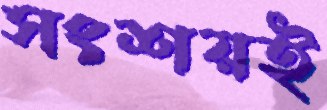
সংশয়ই